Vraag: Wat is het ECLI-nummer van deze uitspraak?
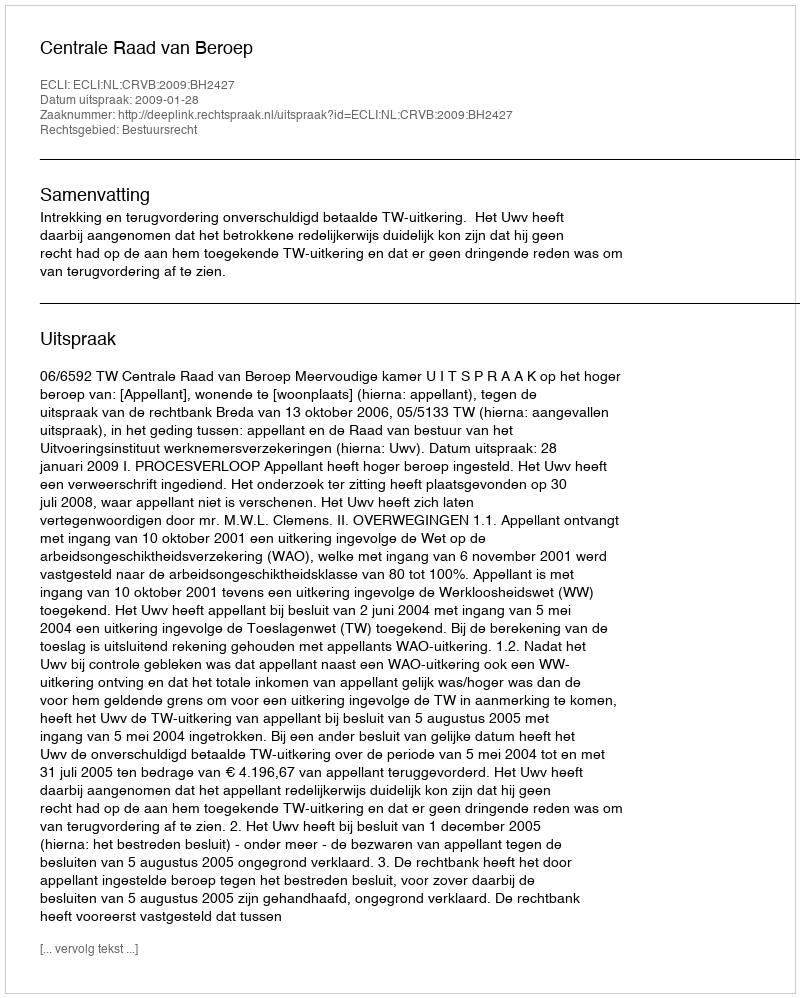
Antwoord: ECLI:NL:CRVB:2009:BH2427